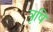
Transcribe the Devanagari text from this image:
त्रृषि